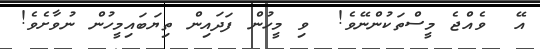
އޭ  ވެއްޖެ މީސްތަކުންނޭވެ!  ވި މީހުން ފަދައިން ތިޔަބައިމީހުން ނުވާށެވެ!